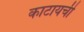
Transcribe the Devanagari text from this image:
काटायची